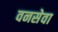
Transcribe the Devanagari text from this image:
वनसेवा